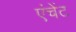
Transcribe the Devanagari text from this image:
एंचेंट